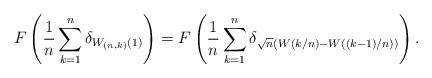
LaTeX: \begin{align*}F\left(\frac{1}{n}\sum_{k=1}^n\delta_{W_{(n,k)}(1)}\right) = F\left(\frac{1}{n}\sum_{k=1}^n\delta_{ \sqrt{n}(W(k/n) - W((k-1)/n)) }\right).\end{align*}